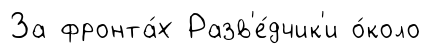
За фронта́х Разв'е́дчик'и о́коло